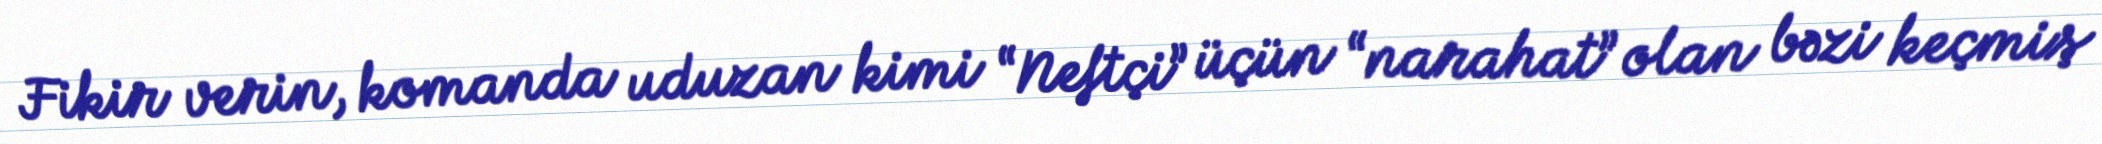
Fikir verin, komanda uduzan kimi “Neftçi” üçün “narahat” olan bəzi keçmiş